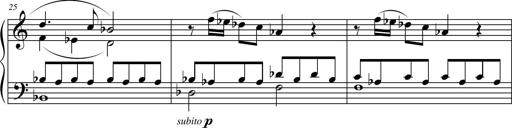
Title: Suite in the Old Style
Composer: Tyler Versluis